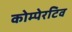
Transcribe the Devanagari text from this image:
कोम्पेरटिव